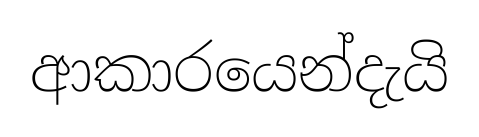
ආකාරයෙන්දැයි